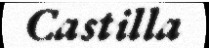
Castilla